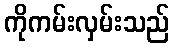
ကိုကမ်းလှမ်းသည်